Scottish Certificate of Education, 1963
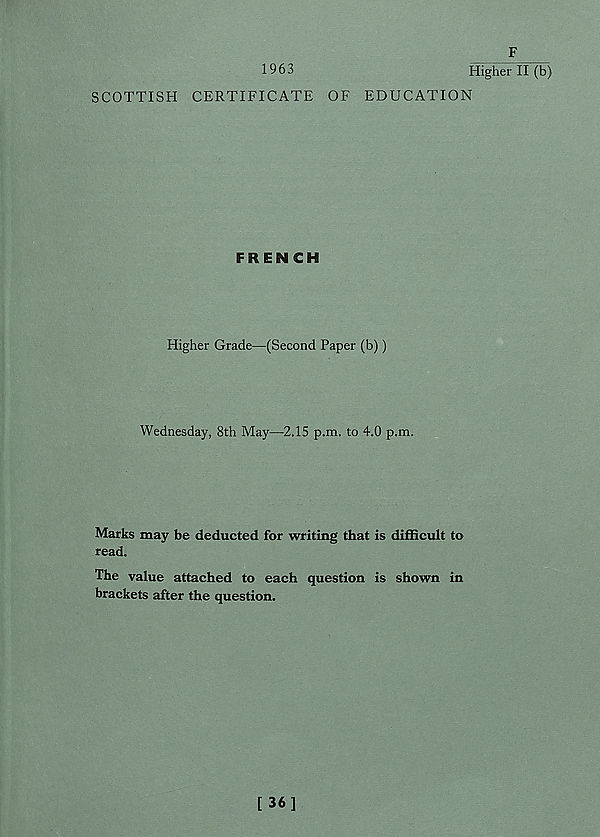
1963
F
Higher II (b)
SCOTTISH CERTIFICATE OF EDUCATION
FRENCH
Higher Grade—(Second Paper (b))
Wednesday, 8th May—2.15 p.m. to 4.0 p.m.
Marks may be deducted for writing that is difficult to
read.
The value attached to each question is shown in
brackets after the question.
[ 36]